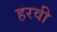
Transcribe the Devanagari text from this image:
हरवी